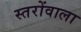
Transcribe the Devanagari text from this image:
स्तरोंवाला